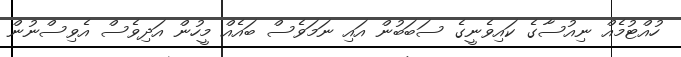
ހުއްޓުމެއް ނިއުސާގެ ކައިވެނީގެ ސަބަބުން އައި ނަމަވެސް ބައެއް މީހުން އަދިވެސް އެވިސްނުން